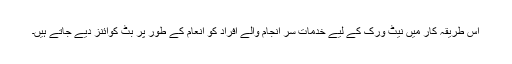
اس طریقۂ کار میں نیٹ ورک کے لیے خدمات سر انجام والے افراد کو انعام کے طور پر بِٹ کوائنز دیے جاتے ہیں۔